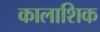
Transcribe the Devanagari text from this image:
कालाशिक